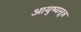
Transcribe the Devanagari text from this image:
आयुष्यसूत्र